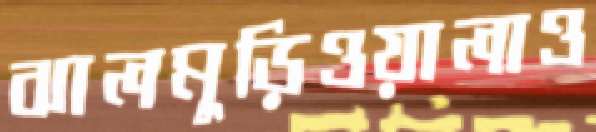
ঝালমুড়িওয়ালাও